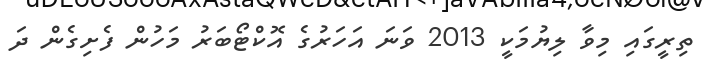
ތިރީގައި މިވާ ލިޔުމަކީ 2013 ވަނަ އަހަރުގެ އޮކްޓޯބަރު މަހުން ފެށިގެން ދަ